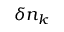
\delta n _ { k }